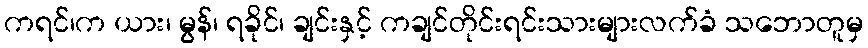
ကရင်၊က ယား၊ မွန်၊ ရခိုင်၊ ချင်းနှင့် ကချင်တိုင်းရင်းသားများလက်ခံ သဘောတူမှ